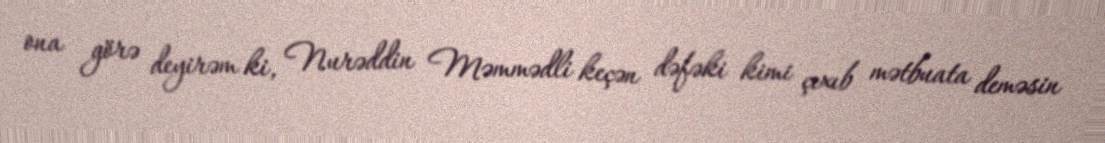
ona görə deyirəm ki, Nurəddin Məmmədli keçən dəfəki kimi çıxıb mətbuata deməsin